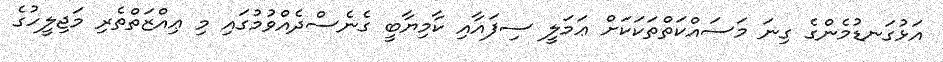
އަޅުގަނޑުމެންގެ ގިނަ މަސައްކަތްތަކަކަށް ޢަމަލީ ސިފައާއި ކާމިޔާބީ ގެނެސްދެއްވުމުގައި މި ޢިއްޒަތްތެރި މަޖިލީހުގެ